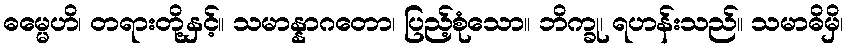
ဓမ္မေဟိ၊ တရားတို့နှင့်။ သမာန္နာဂတော၊ ပြည့်စုံသော။ ဘိက္ခု၊ ရဟန်းသည်။ သမာဓိမှိ၊